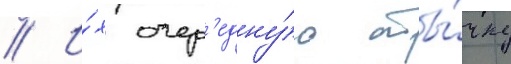
// И́х очер'едну́ю сты́чку